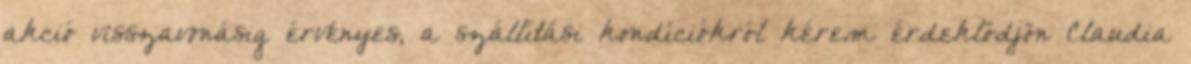
akció visszavonásig érvényes, a szállítási kondíciókról kérem érdeklődjön Claudia